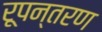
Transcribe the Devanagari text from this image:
रूपन्तरण